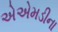
એએમડીના